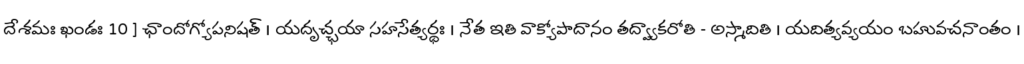
దేశమః ఖండః 10 ] ఛాందోగ్యోపనిషత్ । యదృచ్ఛయా సహసేత్యర్థః । నేత ఇతి వాక్యోపాదానం తద్వ్యాకరోతి - అస్మాదితి । యదిత్యవ్యయం బహువచనాంతం ।